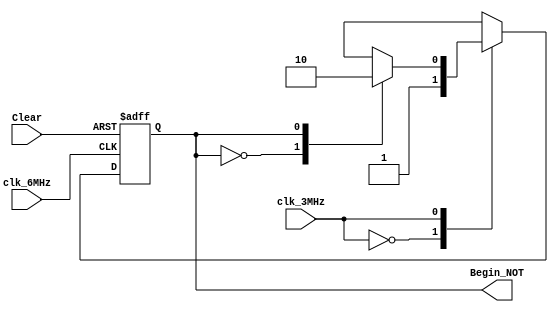
`timescale 1ns / 1ps
////////////////////////////////////////////////////////////////////////////////// 
// 
// Design Name: 	 Math Box Timer Control Logic
// Module Name:    MB_Timer_Control 
// Project Name: 	 Vic Vector
// Target Devices: 
// Tool versions: 
// Description: 	 Uses a JK Flip-Flop with the 6MHz and 3MHz clock signals to 
//						 create the "BEGIN" and "BEGIN_NOT" signals
//
// Dependencies: 	 6MHz and 3MHz clock signals from Clock Timing Module, Clear 
//						 bit from the Auxiliary Board Address Decoder Module
//
// Revision: 
// Revision 0.01 - File Created
// Additional Comments: 
//
//////////////////////////////////////////////////////////////////////////////////
module MB_Timer_Control(clk_3MHz, clk_6MHz, Clear, Begin_NOT);
    input clk_3MHz;
    input clk_6MHz;
	 input Clear;	//MStart
    output reg Begin_NOT;

	always @(posedge clk_6MHz or negedge Clear) begin
		if (~Clear) begin
			Begin_NOT = 1;
			end
		else begin
			//  J input
			case (clk_3MHz) 
				1'b0: 	begin
						// K_NOT input
						case (Begin_NOT)
							1'b0: 	begin
								Begin_NOT = 1;
								end
							1'b1: 	begin 
								Begin_NOT = Begin_NOT;
								end
						endcase
					end
				1'b1:	begin
						case (Begin_NOT)
							1'b0: 	begin
								Begin_NOT = ~Begin_NOT;
								end
							1'b1: 	begin
								Begin_NOT = 0;
								end
						endcase
					end
			endcase
			end
		end
endmodule